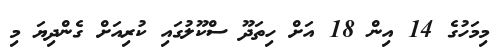
މިމަހުގެ 14 އިން 18 އަށް ހިތަދޫ ސްކޫލުގައި ކުރިއަށް ގެންދިޔަ މި